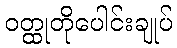
ဝတ္ထုတိုပေါင်းချုပ်